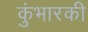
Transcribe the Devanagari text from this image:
कुंभारकी